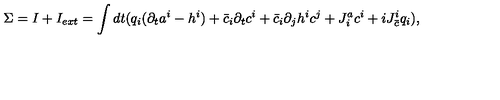
\Sigma = I + I _ { e x t } = \int d t ( q _ { i } ( \partial _ { t } a ^ { i } - h ^ { i } ) + \bar { c } _ { i } \partial _ { t } c ^ { i } + \bar { c } _ { i } \partial _ { j } h ^ { i } c ^ { j } + J _ { i } ^ { a } c ^ { i } + i J _ { \bar { c } } ^ { i } q _ { i } ) ,